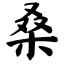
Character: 桑